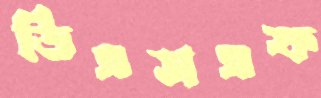
ডিএসএফ